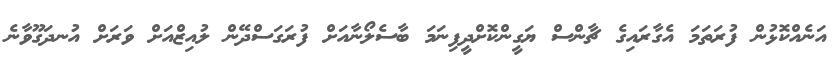
އަނެއްކޮޅުން ފުރަތަމަ އެގާރައިގެ ޗާންސް ޔަގީންކޮށްދީފިނަމަ ބާސެލޯނާއަށް ފުރަގަސްދޭން ލުއިޒްއަށް ވަރަށް އުނދަގޫވާނެ